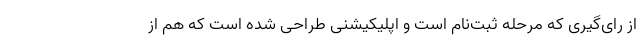
از رای‌گیری که مرحله ثبت‌نام است و اپلیکیشنی طراحی شده است که هم از